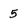
Character: 5